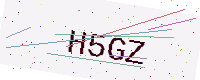
Text: H5GZ